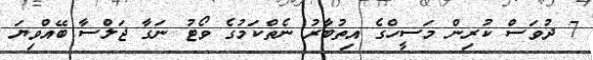
7 ދުވަަސް ކުރިން މަސީހްގެ އިތުބާރު ނެތްކަމުގެ ވޯޓު ނަގާ ޖަލްސާ ބޭއްވިޔަ